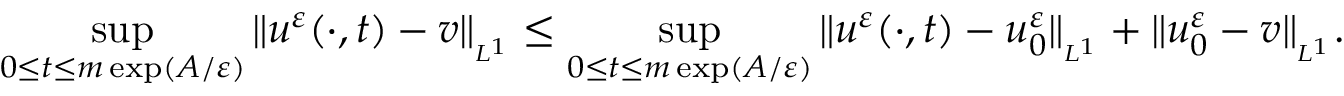
\operatorname* { s u p } _ { 0 \leq t \leq m \exp ( A / \varepsilon ) } \| u ^ { \varepsilon } ( \cdot , t ) - v \| _ { _ { L ^ { 1 } } } \leq \operatorname* { s u p } _ { 0 \leq t \leq m \exp ( A / \varepsilon ) } \| u ^ { \varepsilon } ( \cdot , t ) - u _ { 0 } ^ { \varepsilon } \| _ { _ { L ^ { 1 } } } + \| u _ { 0 } ^ { \varepsilon } - v \| _ { _ { L ^ { 1 } } } .